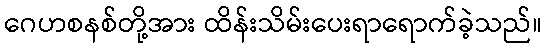
ဂေဟစနစ်တို့အား ထိန်းသိမ်းပေးရာရောက်ခဲ့သည်။